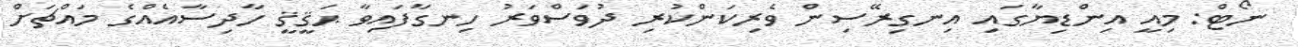
ނޯޓް: މިއީ އިންޑިޔާގައި އިނގިރޭސިން ވެރިކަންކުރި ދުވަސްވަރު ހިނގާފައިވާ ޙަޤީޤީ ހާދިސާއެއްގެ މައްޗަށް